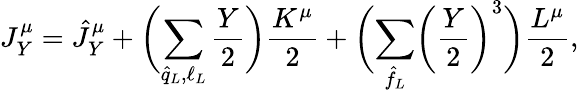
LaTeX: J_{Y}^{\mu}=\hat{J}_{Y}^{\mu}+\biggl(\sum_{\hat{q}_{L},\ell_{L}}\frac{Y}{2}\biggr)\frac{K^{\mu}}{2}+\biggl(\sum_{\hat{f}_{L}}\biggl(\frac{Y}{2}\biggr)^{3}\biggr)\frac{L^{\mu}}{2},